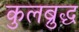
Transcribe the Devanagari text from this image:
कुलब्रुद्ध